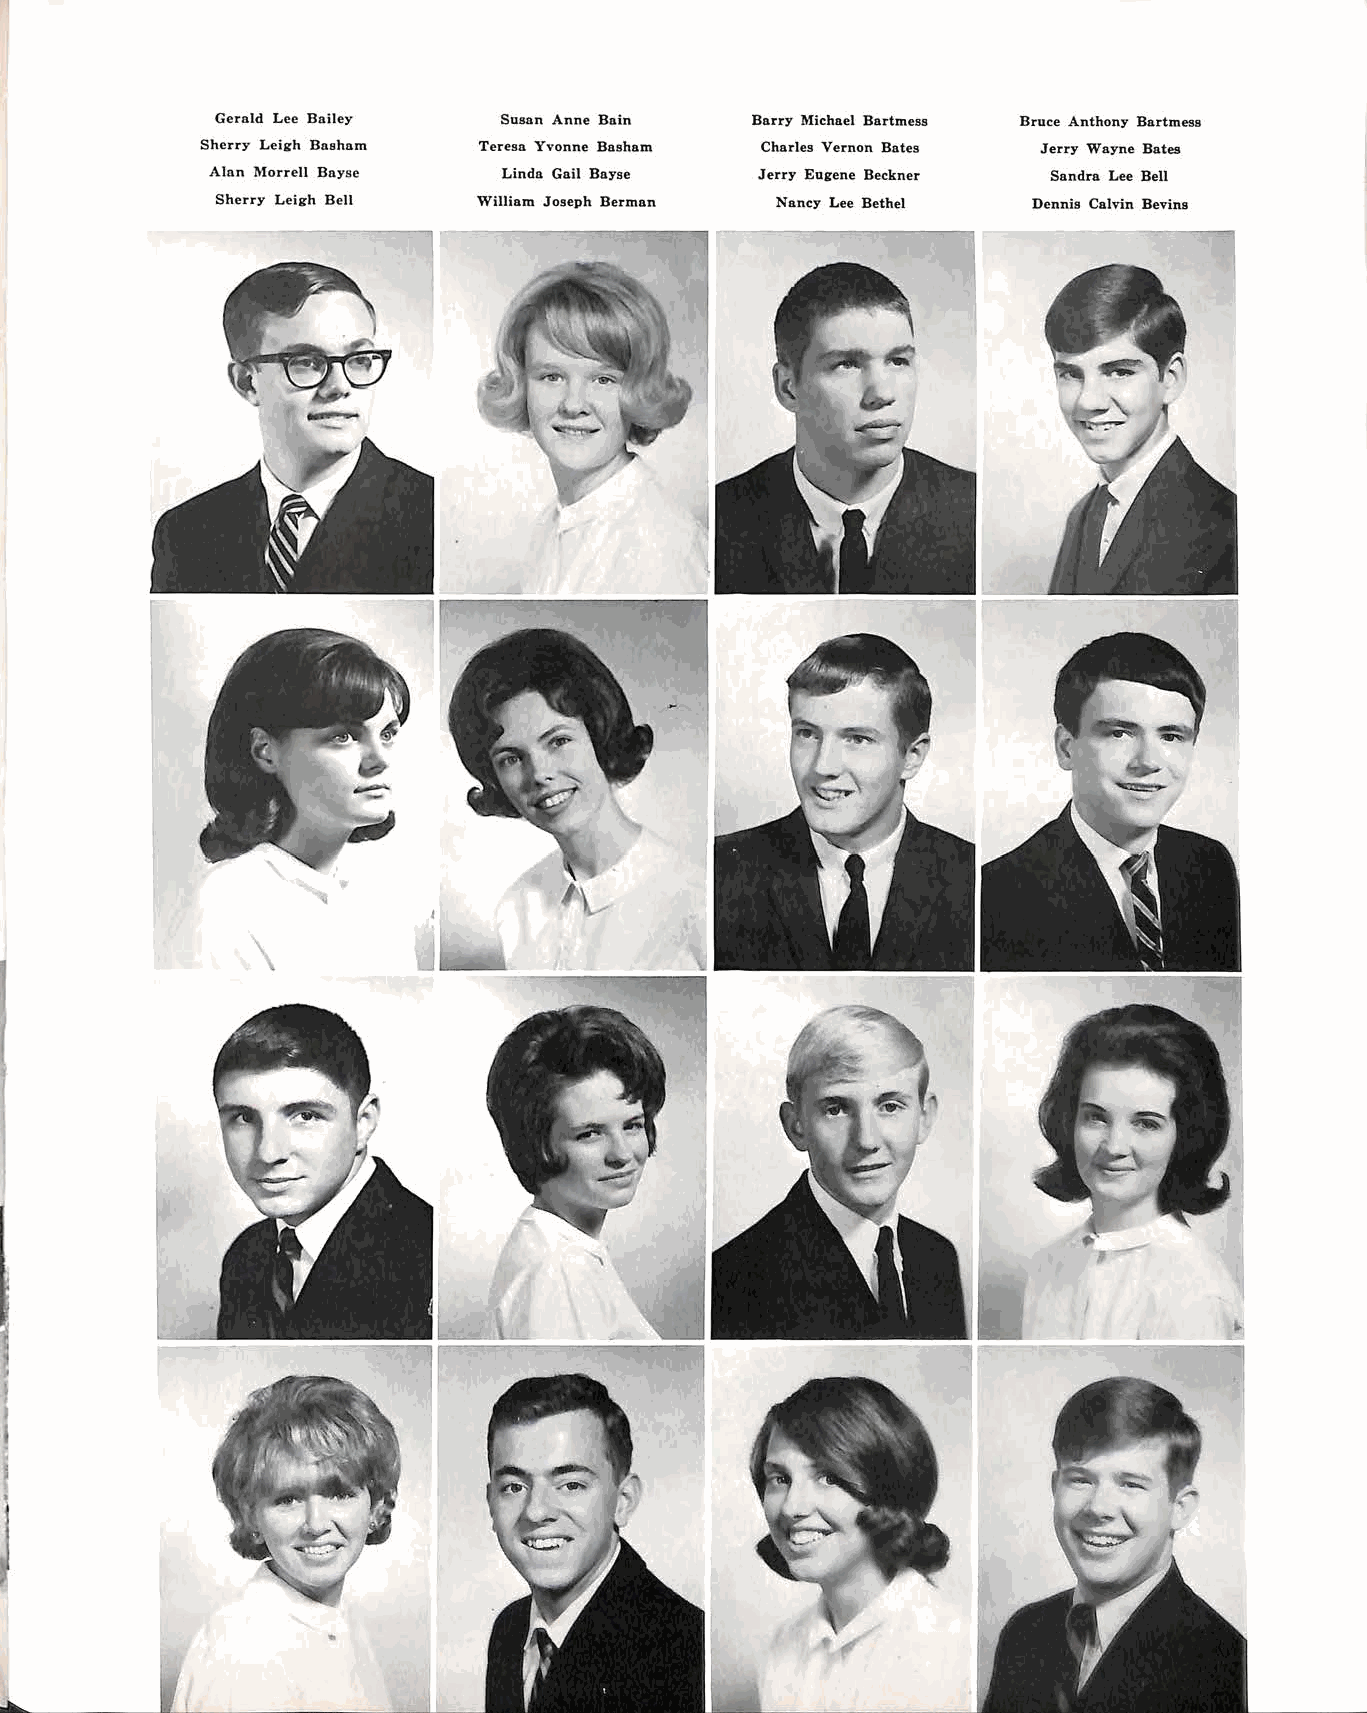
Gerald Lee Bailey  Susan Anne Bain  Barry Michael Bartmess Broce Anthony Bartmess
 Sherry Leigh Basham Teresa Yvonne Basham Charles Vernon Bates Jerry Wayne Bates
 Alan Morrell Bayse Linda Gail Bayse Jerry Eugene Beckner Sandra Lee Bell
 Sherry Leigh Bell William Joseph Berman Nancy Lee Bethel Dennie Calvin Bevins